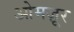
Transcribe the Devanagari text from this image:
ओमज़ूर